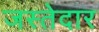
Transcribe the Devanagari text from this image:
जस्तेदार